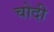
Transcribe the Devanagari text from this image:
चोदी